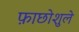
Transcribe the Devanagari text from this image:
फ़ाछोशुले